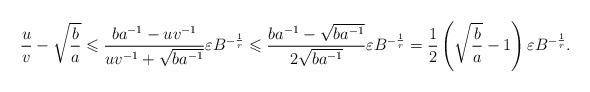
LaTeX: \begin{align*}\frac{u}{v}-\sqrt{\frac{b}{a}}\leqslant \frac{ba^{-1}-uv^{-1}}{uv^{-1}+\sqrt{ba^{-1}}}\varepsilon B^{-\frac{1}{r}}\leqslant \frac{ba^{-1}-\sqrt{ba^{-1}}}{2\sqrt{ba^{-1}}}\varepsilon B^{-\frac{1}{r}}=\frac{1}{2}\left(\sqrt{\frac{b}{a}}-1\right)\varepsilon B^{-\frac{1}{r}}.\end{align*}